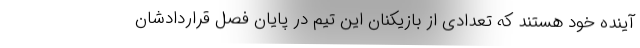
آینده خود هستند که تعدادی از بازیکنان این تیم در پایان فصل قراردادشان